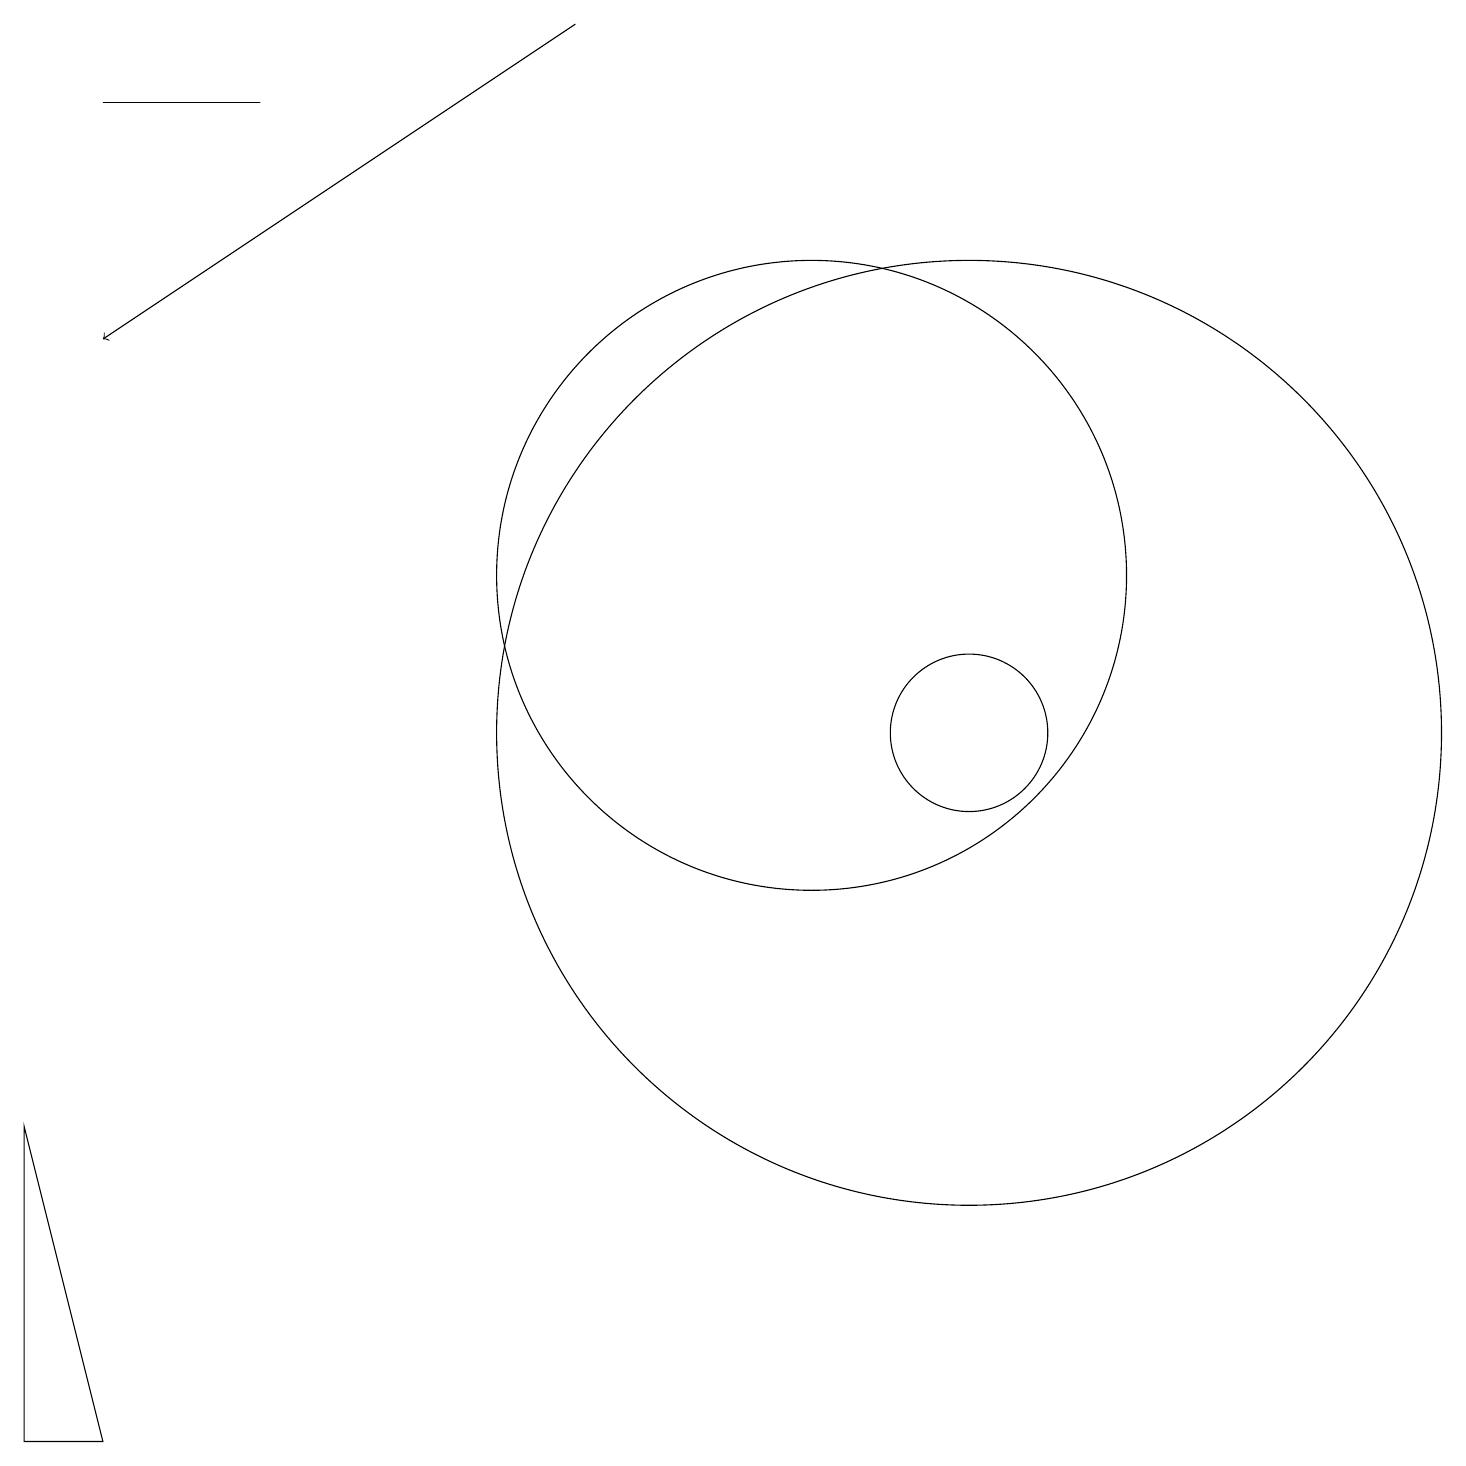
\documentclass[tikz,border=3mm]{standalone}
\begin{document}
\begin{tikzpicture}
\draw (1,18) rectangle (3,18);
\draw (12,10) circle (1);
\draw (12,10) circle (6);
\draw (10,12) circle (4);
\draw (0,5) -- (1,1) -- (0,1) -- cycle;
\draw[->] (7,19) -- (1,15);
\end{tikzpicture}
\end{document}